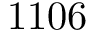
1 1 0 6